Burma Government Medical School reports 1923-41
Year: 1923
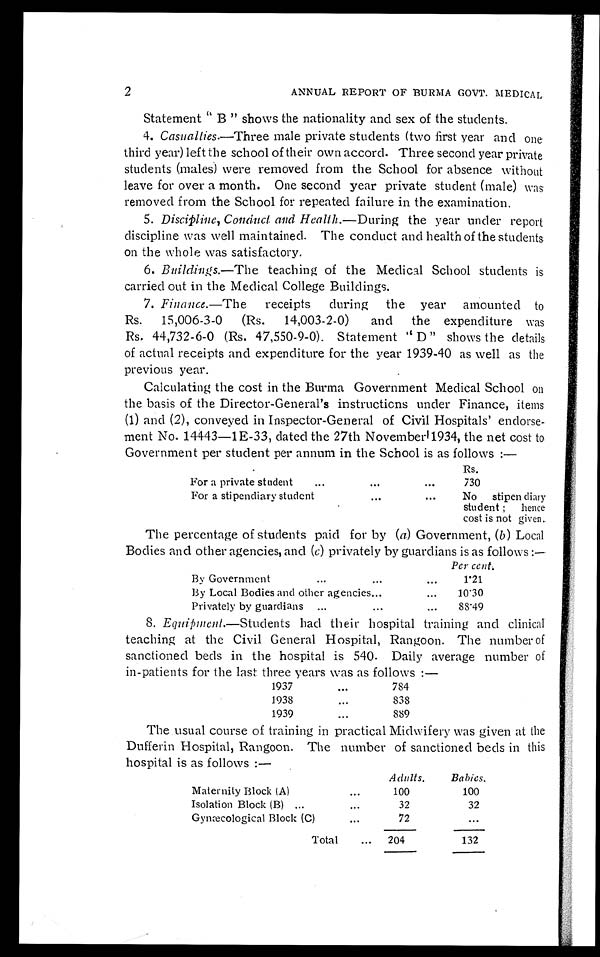
2
ANNUAL REPORT OF BURMA GOVT. MEDICAL
Statement "B shows the nationality and sex of the students.
4. Casualties.—Three male private students (two first year and one
third year) left the school of their own accord. Three second year private
students (males) were removed from the School for absence without
leave for over a month. One second year private student (male) was
removed from the School for repeated failure in the examination.
5. Discipline, Conduct and Health .—During the year under report
discipline was well maintained. The conduct and health of the students
on the whole was satisfactory.
6. Buildings.—The teaching of the Medical School students is
carried out in the Medical College Buildings.
7. Finance .—The receipts during the year amounted to
Rs. 15,006-3-0 (Rs. 14,003-2-0) and the expenditure was
Rs. 44,732-6-0 Rs. 47,550-9-0). Statement "D" shows the details
of actual receipts and expenditure for the year 1939-40 as well as the
previous year.
Calculating the cost in the Burma Government Medical School on
the basis of the Director-General's instructions under Finance, items
(1) and (2), conveyed in Inspector-General of Civil Hospitals' endorse
-ment No. 14443-1E-33, dated the 27th November 1934, the net cost to
Government per student per annum in the School is as follows:—
Rs.
For a private student . . .
730
For a stipendiary student . . .
No stipen diary
student; hence
cost is not given.
The percentage of students paid for by ( a) Government, ( b ) Local
Bodies and other agencies, and ( c) privately by guardians is as follows:—
P e r c e n t .
By Government . . .
1 . 2 1
By Local Bodies and other agencies . . .
10.30
Privately by guardians . . .
88.49
8. Equipment .—Students had their hospital training and clinical
teaching at the Civil General Hospital, Rangoon. The number of
sanctioned beds in the hospital is 540. Daily average number of
in-patients for the last three years was as follows:—
1937 . . .
784
1938 . . .
838
1939 . . .
889
The usual course of training in practical Midwifery was given at the
Dufferin Hospital, Rangoon. The number of sanctioned beds in this
hospital is as follows:—
Adults .
Babies.
Maternity Block (A) . . .
100
100
Isolation Block (B) . . .
32
32
Gynæcological Block (C) . . .
72
. . .
Total . . .
204
132